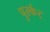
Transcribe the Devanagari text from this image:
पुर्स्कर्